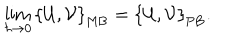
\lim _ { \hbar \to 0 } \left\{ { \mathcal { U } } , { \mathcal { V } } \right\} _ { \mathrm { M B } } = \left\{ { \mathcal { U } } , { \mathcal { V } } \right\} _ { \mathrm { P B } } .